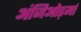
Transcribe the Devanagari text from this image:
अंजिओड़र्मा